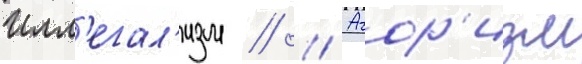
Илл'егал'изм // // Агор'изм